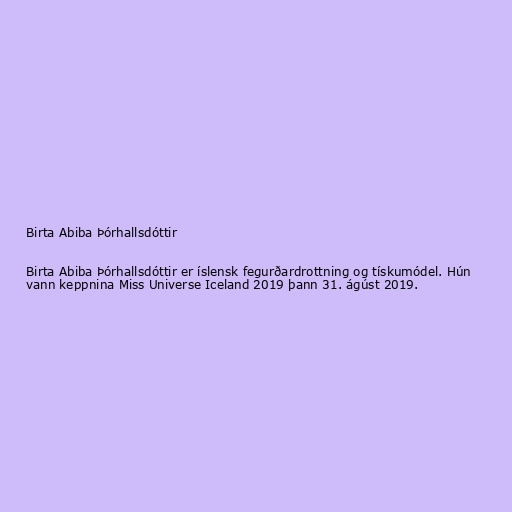
Birta Abiba Þórhallsdóttir

Birta Abiba Þórhallsdóttir er íslensk fegurðardrottning og tískumódel. Hún
vann keppnina Miss Universe Iceland 2019 þann 31. ágúst 2019.